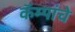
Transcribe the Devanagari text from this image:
कॅम्पांचे